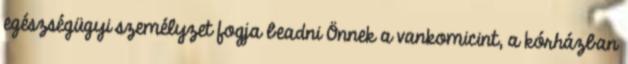
egészségügyi személyzet fogja beadni Önnek a vankomicint, a kórházban